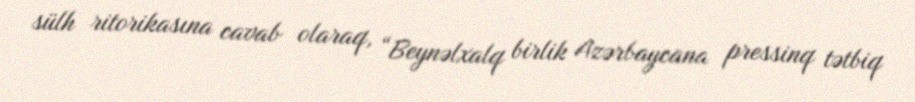
sülh ritorikasına cavab olaraq, “Beynəlxalq birlik Azərbaycana pressinq tətbiq